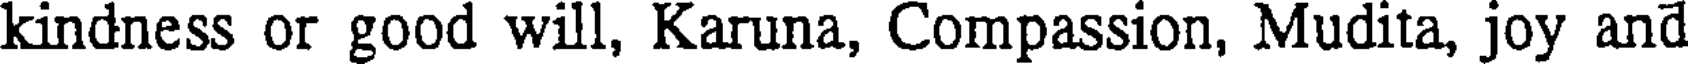
kindness or good will, Karuna, Compassion, Mudita, joy and